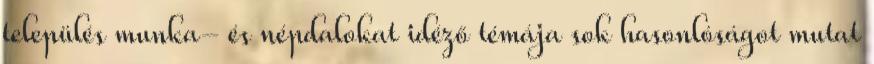
település munka- és népdalokat idéző témája sok hasonlóságot mutat